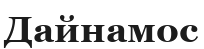
Дайнамос